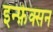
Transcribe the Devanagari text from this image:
इन्फ़ेक्सन